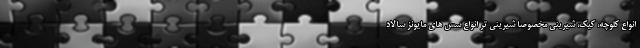
انواع کلوچه، کیک، شیرینی مخصوصا شیرینی تر انواع سس های مایونز سالاد